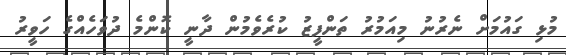
މުޅި ގައުމަށް ނެރުނު މިއަމުރު ތަންފީޒު ކުރެވެމުން ދާނީ ކޮންމެ ދުވަހެއްގެ ހަވީރު